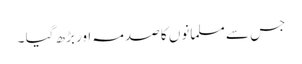
جس سے مسلمانوں کا صدمہ اور بڑھ گیا ۔